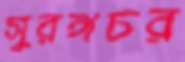
সুরঙ্গচর